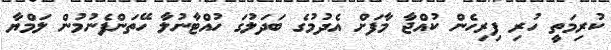
ކުރިމަތީ ހުރި ފިރިހެން ކުއްޖާ މާފަށް އެދުމުގެ ބަދަލުގަ ހުއްޓާނުލާ ހޭތަންފެނުމުން ލަމްޔާ